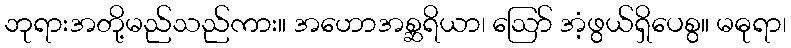
ဘုရားအတို့မည်သည်ကား။ အဟောအစ္ဆရိယာ၊ ဩော် အံ့ဖွယ်ရှိပေစွ။ မဓုရာ၊